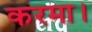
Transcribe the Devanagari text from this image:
करमा।